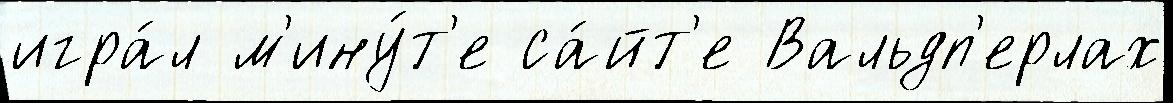
игра́л м'ину́т'е са́йт'е Вальдп'ерлах